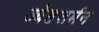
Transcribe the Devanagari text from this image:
ज्येष्ठशर्मन